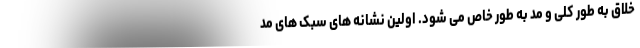
خلاق به طور کلی و مد به طور خاص می شود. اولین نشانه های سبک های مد